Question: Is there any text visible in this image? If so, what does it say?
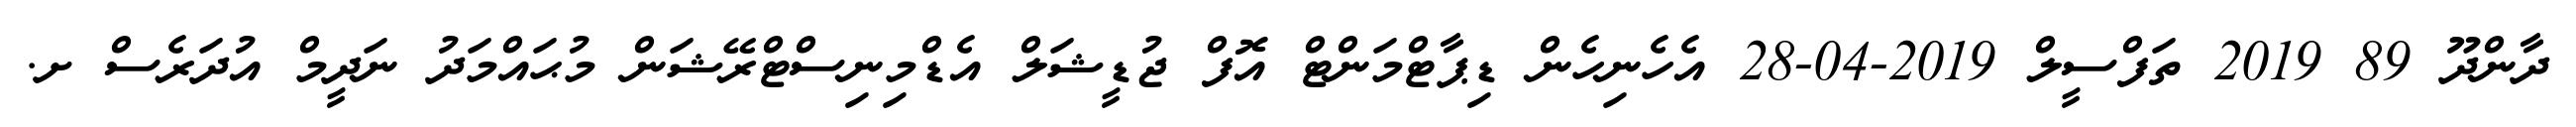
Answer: ދާންދޫ 89 2019 ތަފްސީލް 2019-04-28 އެހެނިހެން ޑިޕާޓްމަންޓް އޮފް ޖުޑީޝަލް އެޑްމިނިސްޓްރޭޝަން މުޙައްމަދު ނަދީމް އުދަރެސް ށ.